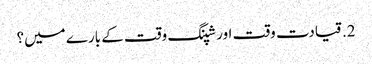
2. قیادت وقت اور شپنگ وقت کے بارے میں؟